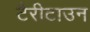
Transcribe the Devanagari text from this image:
टैरीटाउन